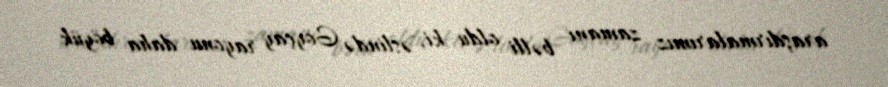
araşdırmalarımız zamanı bəlli oldu ki, əslində Göyçay rayonu daha böyük